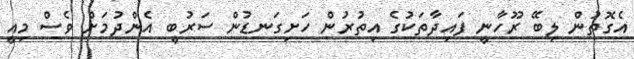
އެގޮތުން ލިބޭ ރޫހާނީ ފައިދާތަކުގެ އިތުރުން ހަށިގަނޑުން ސަރުބީ އެންދުމަށް ވެސް މިއީ